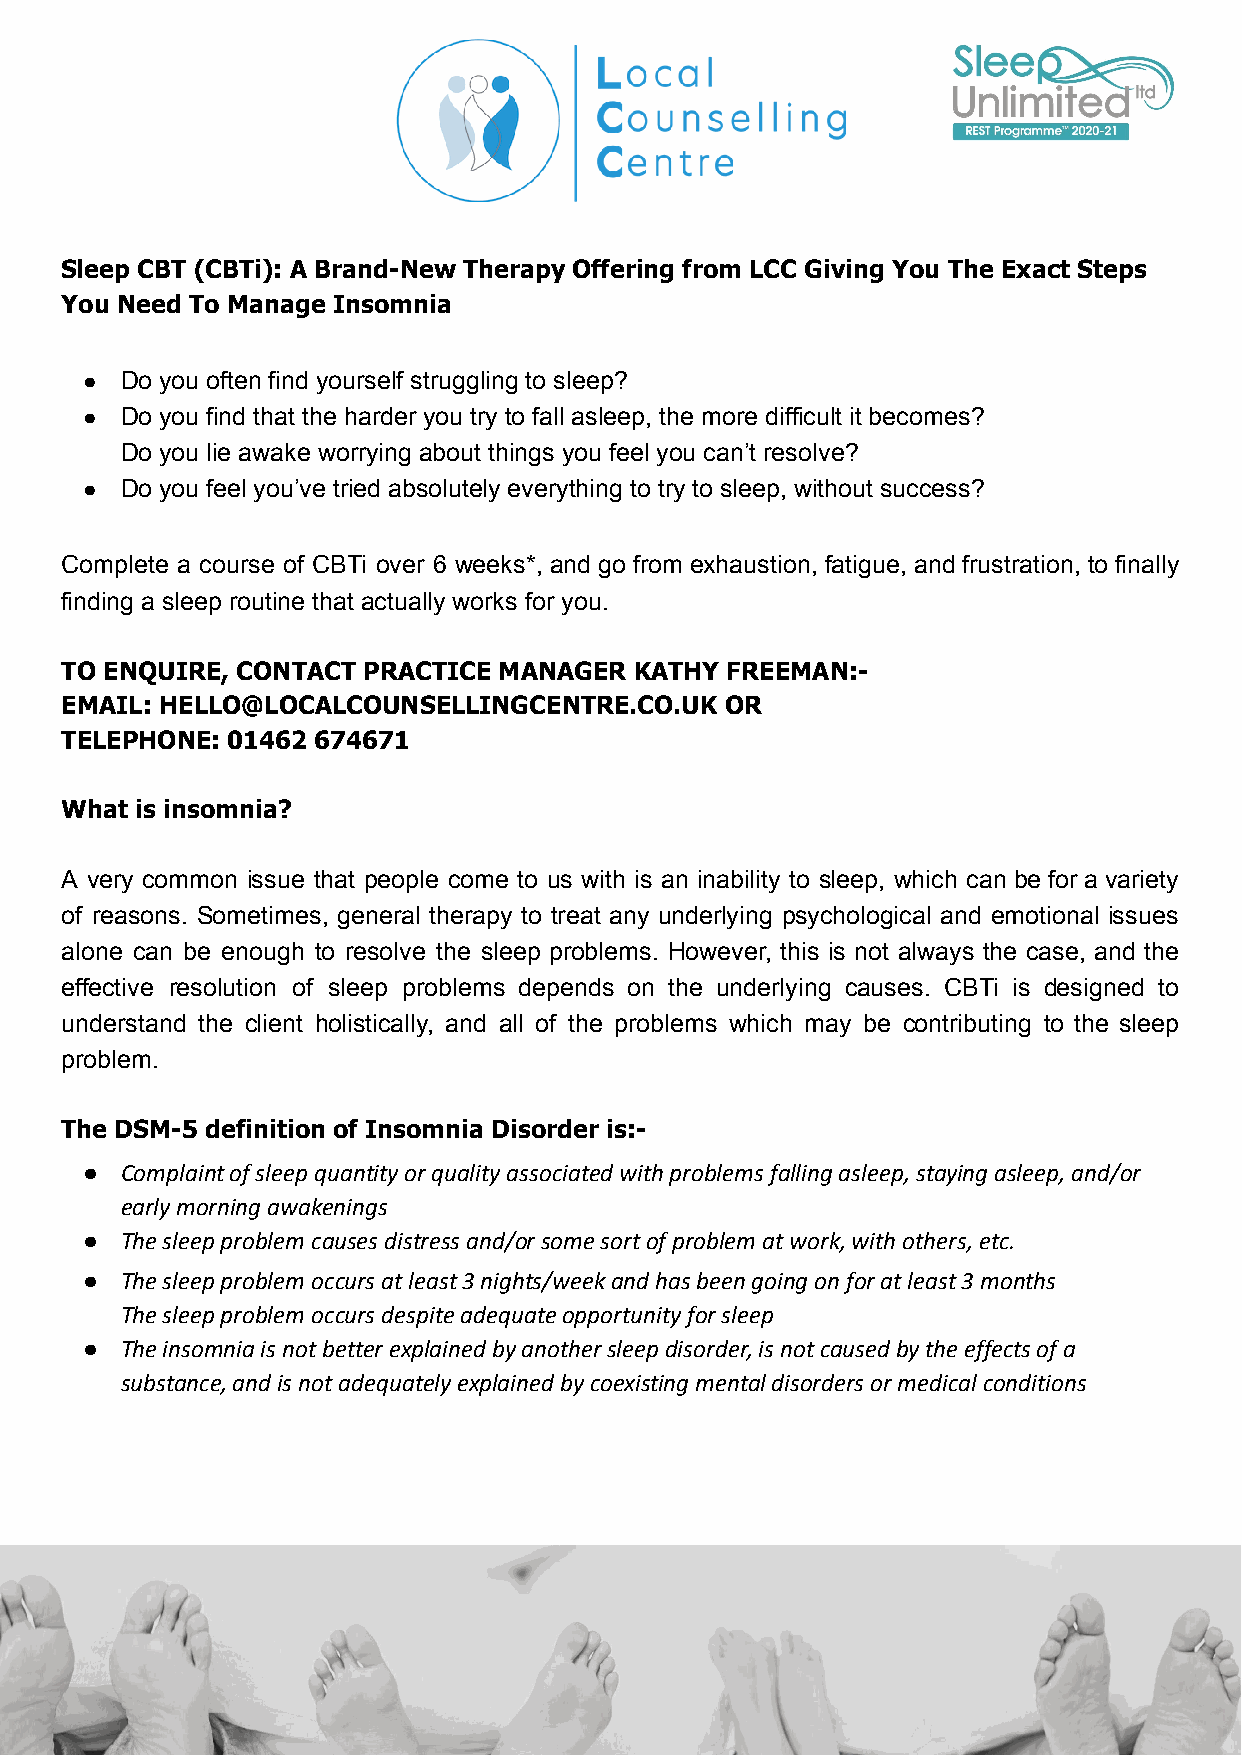
Sleep CBT (CBTi): A Brand-New Therapy Offering from LCC Giving You The Exact Steps
 You Need To Manage Insomnia
 ● Do you often find yourself struggling to sleep?
 ● Do you find that the harder you try to fall asleep, the more difficult it becomes?
 Do you lie awake worrying about things you feel you can’t resolve?
 ● Do you feel you’ve tried absolutely everything to try to sleep, without success?
 Complete a course of CBTi over 6 weeks*, and go from exhaustion, fatigue, and frustration, to finally
 finding a sleep routine that actually works for you.
 TO ENQUIRE, CONTACT PRACTICE MANAGER  KATHY FREEMAN:-
 EMAIL: HELLO@LOCALCOUNSELLINGCENTRE.CO.UK   OR
 TELEPHONE: 01462 674671
 What is insomnia?
 A very common issue that people come to us with is an inability to sleep, which can be for a variety
 of reasons. Sometimes, general therapy to treat any underlying psychological and emotional issues
 alone can be enough to resolve the sleep problems. However, this is not always the case, and the
 effective resolution of sleep problems depends on the underlying causes. CBTi is designed to
 understand the client holistically, and all of the problems which may be contributing to the sleep
 problem.
 The DSM-5 definition of Insomnia Disorder is:-
 ● Complaint of sleep quantity or quality associated with problems falling asleep, staying asleep, and/or
 early morning awakenings
 ● The sleep problem causes distress and/or some sort of problem at work, with others, etc.
 ● The sleep problem occurs at least 3 nights/week and has been going on for at least 3 months
 The sleep problem occurs despite adequate opportunity for sleep
 ● The insomnia is not better explained by another sleep disorder, is not caused by the effects of a
 substance, and is not adequately explained by coexisting mental disorders or medical conditions